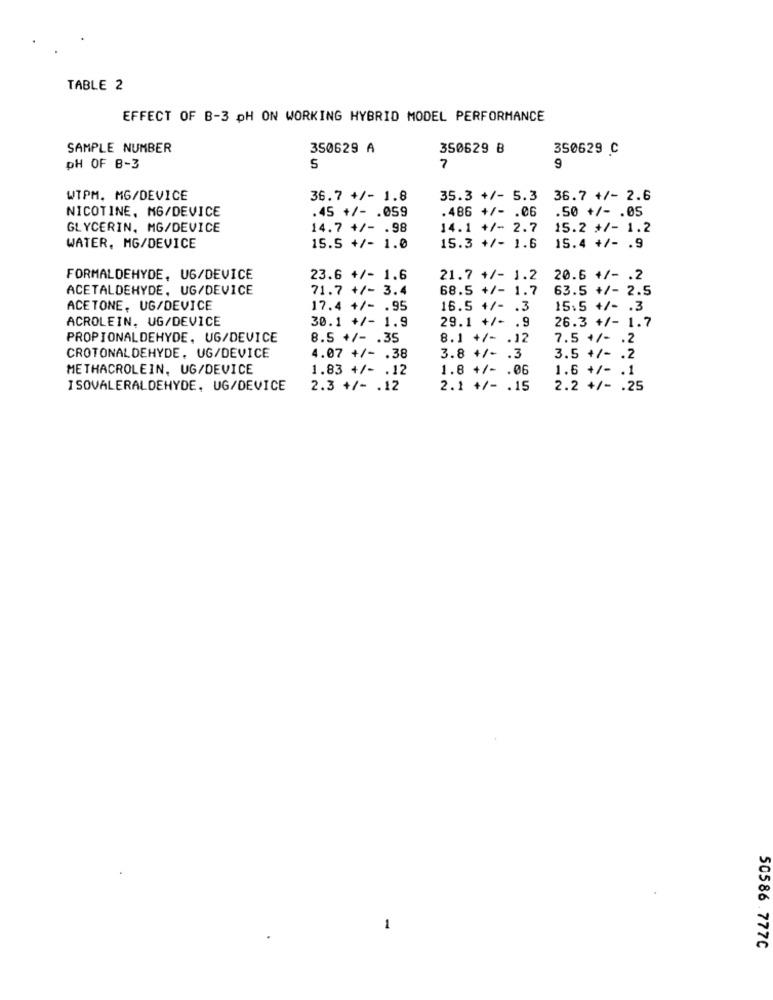
TABLE 2
EFFECT OF B-3 pH ON WORKING HYBRID MODEL PERFORMANCE
SAMPLE NUMBER
350629 A
350629 B
350629 C
DH OF B-3
S
7
9
WTPM. MG/DEVICE
36.7 +/- 1.8
35.3 +/- 5.3
36.7 +/- 2.6
NICOTINE, MG/DEVICE
.45 +/- . 059
.486 +/- . 06
.50 +/- . 05
GLYCERIN, MG/DEVICE
14.7 +/- . 98
14.1 +/- 2.7
15.2 +/- 1.2
WATER, MG/DEVICE
15.5 +/- 1.0
15.3 +/- 1.6
15.4 +/- . 9
FORMALDEHYDE, UG/DEVICE
23.6 +/- 1.6
21.7 +/- 1.2
20.6 +/- . 2
ACETALDEHYDE. UG/DEVICE
71.7 +/- 3.4
68.5 +/- 1.7
63.5 +/- 2.5
ACETONE, UG/DEVICE
17.4 +/- . 95
16.5 +/- . 3
15.5 +/- . 3
ACROLEIN. UG/DEVICE
30.1 +/- 1.9
29.1 +/- . 9
26.3 +/- 1.7
PROPIONALDEHYDE, UG/DEVICE
8.5 +/- . 35
8.1 +/- . 12
7.5 +/- . 2
CROTONALDEHYDE, UG/DEVICE
4.07 +/- . 38
3.8 +/- . 3
3.5 +/- . 2
METHACROLEIN, UG/DEVICE
1.83 +/- . 12
1.8 +/- . 06
1.6 +/- . 1
I SOVALERALDEHYDE, UG/DEVICE
2.3 +/- . 12
2.1 +/- . 15
2.2 +/- . 25
1
50586.777C